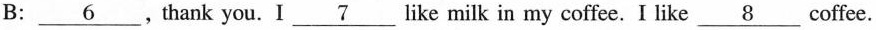
B: \underline{6} ,thank you.I\underline{7} like milk in my coffee. I like\underline{8}coffee.